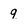
Character: q